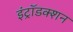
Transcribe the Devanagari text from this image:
इंट्रॉडक्शन